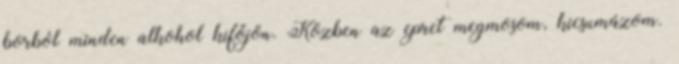
borból minden alkohol kifőjön. Közben az epret megmosom, kicsumázom.